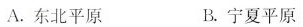
A.东北平原 B.宁夏平原